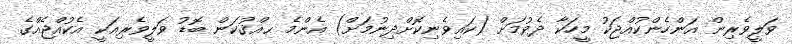
ވަލީވެރިން އަންހެންކުއްޖަކު މީހަކާ ދެވުމަށް (ކައިވެނިކޮށްދިނުމަށް) އެންމެ ޙއްޤުކަން ބޮޑު ވަލީވެރިއަކީ އެކުއްޖެއްގެ